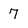
Character: 7